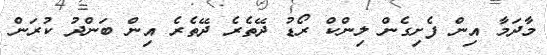
މާދަމާ އިން ފެށިގެން ލިންކް ރޯޑު ދޭތެރެ ދޭތެރެ އިން ބަންދު ކުރަން